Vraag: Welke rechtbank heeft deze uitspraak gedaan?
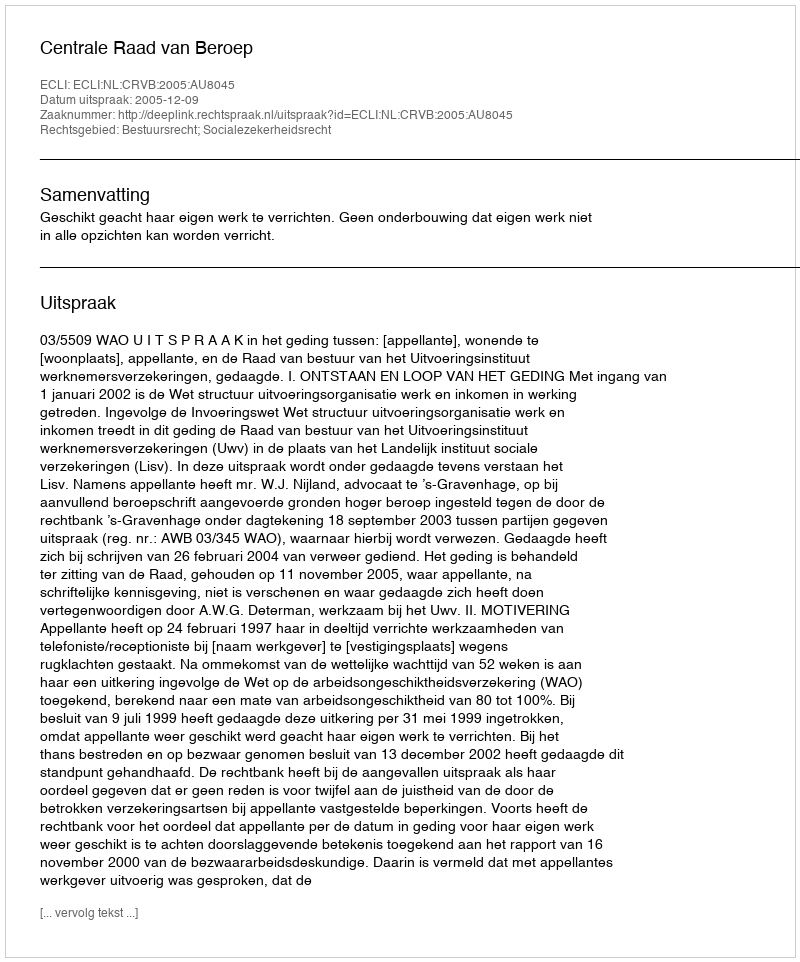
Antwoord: Centrale Raad van Beroep